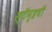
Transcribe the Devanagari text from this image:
स्टॅन्डची